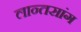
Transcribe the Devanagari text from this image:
लान्तसांग